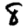
Digit: 8